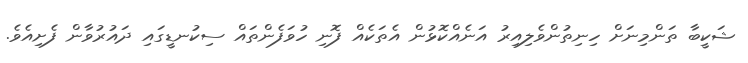
ޝަކީބާ ތަންމިނަށް ހިނިތުންވެލިއިރު އަނެއްކޮޅުން އެތަކެއް ފޮނި ހުވަފެންތައް ސިކުނޑީގައި ދައުރުވާން ފެށިއެވެ.